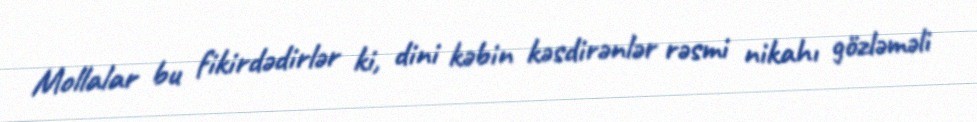
Mollalar bu fikirdədirlər ki, dini kəbin kəsdirənlər rəsmi nikahı gözləməli